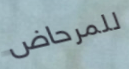
للمرحاض